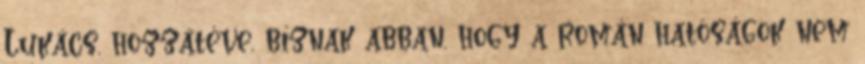
Lukács, hozzátéve, bíznak abban, hogy a román hatóságok nem